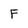
Character: F